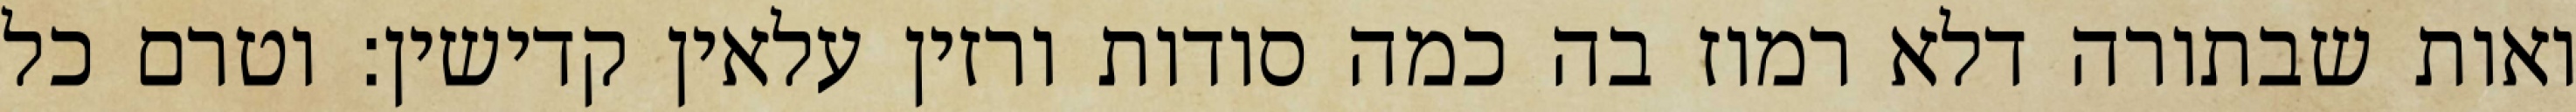
ואות שבתורה דלא רמוז בה כמה סודות ורזין עלאין קדישין: וטרם כל